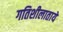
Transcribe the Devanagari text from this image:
गतिशीलातायें